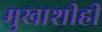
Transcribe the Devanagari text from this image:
मुखाशीही